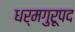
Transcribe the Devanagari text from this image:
धर्मगुरूपद